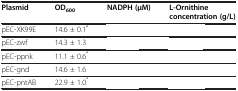
<table><thead><tr><td><b>Plasmid</b></td><td><b>OD<sub>600</sub></b></td><td><b>NADPH (μM)</b></td><td><b>L-Ornithine concentration (g/L)</b></td></tr></thead><tbody><tr><td>pEC-XK99E</td><td>14.6 ± 0.1<sup>*</sup></td><td>[EMPTY_CELL]</td><td>[EMPTY_CELL]</td></tr><tr><td>pEC-zwf</td><td>14.3 ± 1.3</td><td>[EMPTY_CELL]</td><td>[EMPTY_CELL]</td></tr><tr><td>pEC-ppnk</td><td>11.1 ± 0.6<sup>*</sup></td><td>[EMPTY_CELL]</td><td>[EMPTY_CELL]</td></tr><tr><td>pEC-gnd</td><td>14.6 ± 1.6</td><td>[EMPTY_CELL]</td><td>[EMPTY_CELL]</td></tr><tr><td>pEC-pntAB</td><td>22.9 ± 1.0<sup>*</sup></td><td>[EMPTY_CELL]</td><td>[EMPTY_CELL]</td></tr></tbody></table>